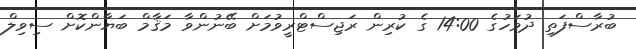
ބުރާސްފަތި ދުވަހުގެ 14:00 ގެ ކުރިން ރަޖިސްޓްރީވުމަށް ބޭނުންވާ މަޤާމް ބަޔާންކޮށް ސިވިލް